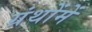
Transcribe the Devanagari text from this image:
ग्रंथोंमें